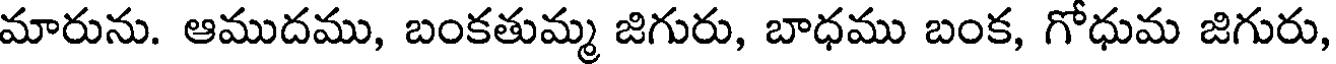
మారును. ఆముదము, బంకతుమ్మ జిగురు, బాధము బంక, గోధుమ జిగురు,